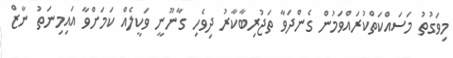
މިވަގުތު މަސައްކަތްކުރައްވަމުން ގެންދަވާ ތަޖުރިބާކާރު ދިވެހި ގާނޫނީ ވަކީލެއް ކަމަށްވާ އައިމިނަތު ނާޒް